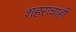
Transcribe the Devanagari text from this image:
शहराचाही